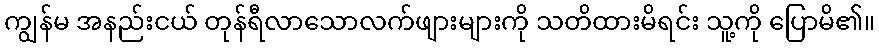
ကျွန်မ အနည်းငယ် တုန်ရီလာသောလက်ဖျားများကို သတိထားမိရင်း သူ့ကို ပြောမိ၏။